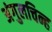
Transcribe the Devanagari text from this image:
अंगुलचिन्ह